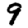
Digit: 9